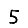
Digit: 5